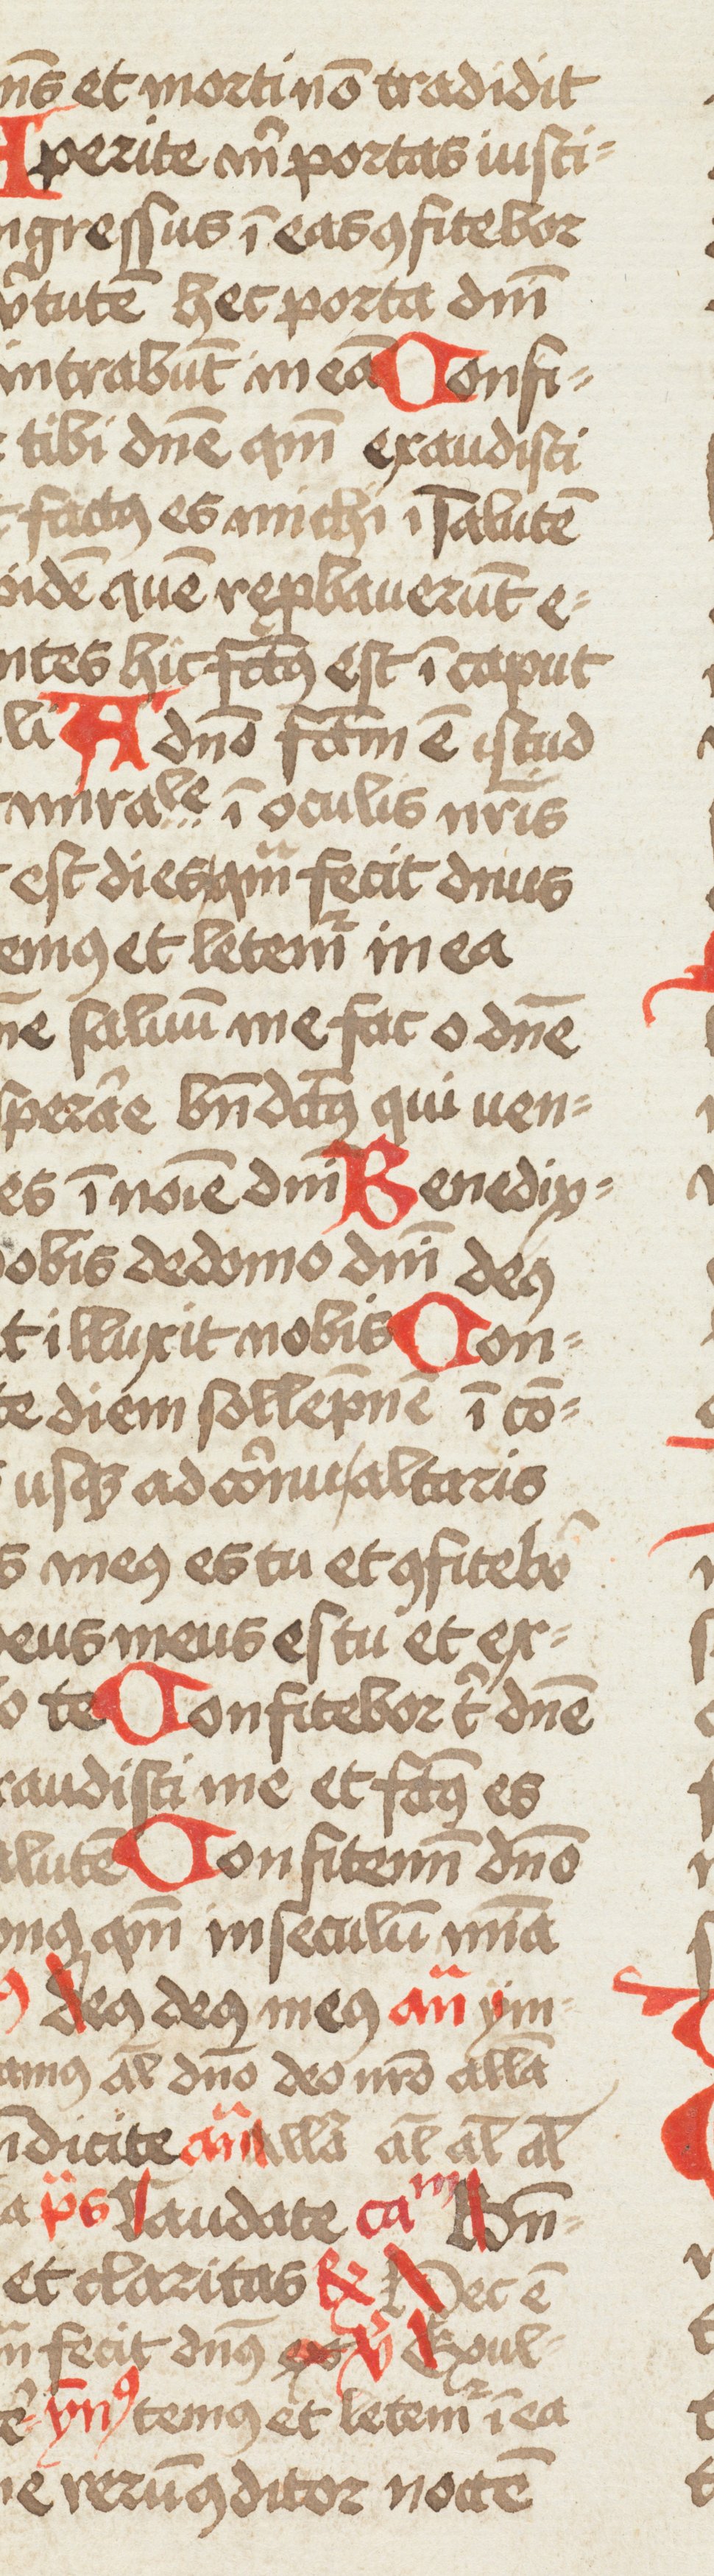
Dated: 1466–1466